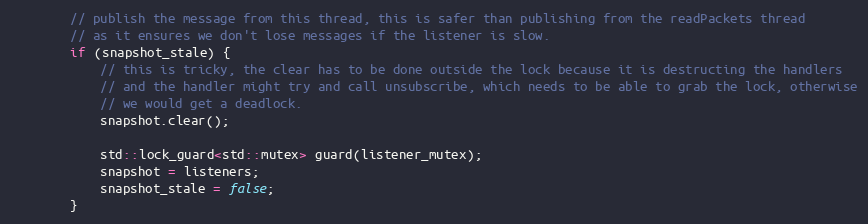
Language: C++
        // publish the message from this thread, this is safer than publishing from the readPackets thread
        // as it ensures we don't lose messages if the listener is slow.
        if (snapshot_stale) {
            // this is tricky, the clear has to be done outside the lock because it is destructing the handlers
            // and the handler might try and call unsubscribe, which needs to be able to grab the lock, otherwise
            // we would get a deadlock.
            snapshot.clear();

            std::lock_guard<std::mutex> guard(listener_mutex);
            snapshot = listeners;
            snapshot_stale = false;
        }